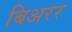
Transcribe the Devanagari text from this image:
बिअरर